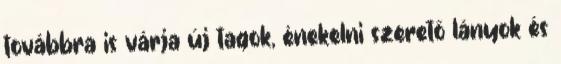
továbbra is várja új tagok, énekelni szerető lányok és